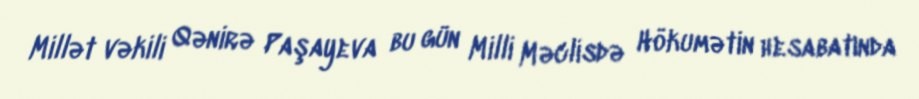
Millət vəkili Qənirə Paşayeva bu gün Milli Məclisdə Hökumətin hesabatında